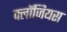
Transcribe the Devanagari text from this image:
क्लॉज़ियस